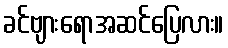
ခင်ဗျားရောအဆင်ပြေလား။